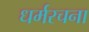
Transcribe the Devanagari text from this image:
धर्मरचना